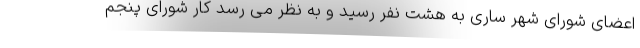
اعضای شورای شهر ساری به هشت نفر رسید و به نظر می رسد کار شورای پنجم